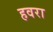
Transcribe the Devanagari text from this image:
हवरा